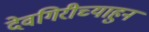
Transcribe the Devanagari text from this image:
देवगिरीच्याहुन